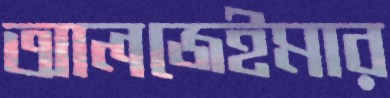
আলজেইমার